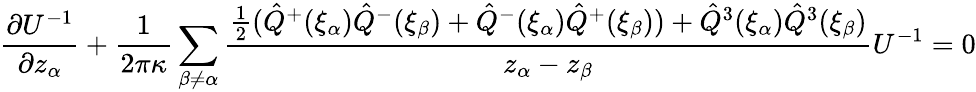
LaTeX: \frac{\partial U^{-1}}{\partial z_{\alpha}}+{\frac{1}{2\pi\kappa}}\sum_{\beta\neq\alpha}\frac{\frac{1}{2}(\hat{Q}^{+}(\xi_{\alpha})\hat{Q}^{-}(\xi_{\beta})+\hat{Q}^{-}(\xi_{\alpha})\hat{Q}^{+}(\xi_{\beta}))+\hat{Q}^{3}(\xi_{\alpha})\hat{Q}^{3}(\xi_{\beta})}{z_{\alpha}-z_{\beta}}U^{-1}=0